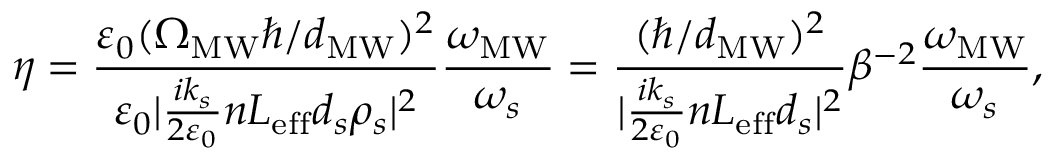
\eta = \frac { \varepsilon _ { 0 } ( \Omega _ { \mathrm { M W } } \hbar / d _ { \mathrm { M W } } ) ^ { 2 } } { \varepsilon _ { 0 } | \frac { i k _ { s } } { 2 \varepsilon _ { 0 } } n L _ { \mathrm { e f f } } d _ { s } \rho _ { s } | ^ { 2 } } \frac { \omega _ { \mathrm { M W } } } { \omega _ { s } } = \frac { ( \hbar / d _ { \mathrm { M W } } ) ^ { 2 } } { | \frac { i k _ { s } } { 2 \varepsilon _ { 0 } } n L _ { \mathrm { e f f } } d _ { s } | ^ { 2 } } \beta ^ { - 2 } \frac { \omega _ { \mathrm { M W } } } { \omega _ { s } } ,